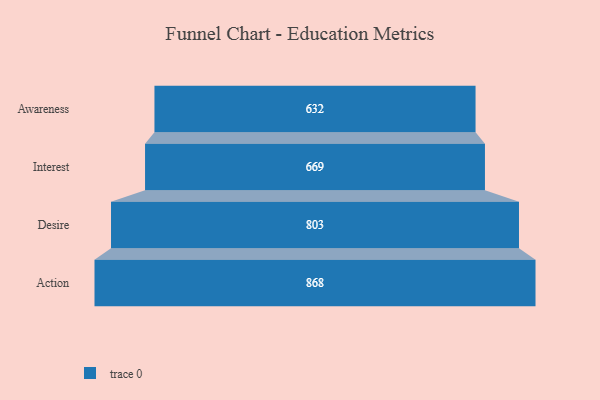
{"axis": {"x": "Stage", "y": "Value"}, "legend": [""], "data": [{"x": "Awareness", "y": 632.0, "type": ""}, {"x": "Interest", "y": 669.0, "type": ""}, {"x": "Desire", "y": 803.0, "type": ""}, {"x": "Action", "y": 868.0, "type": ""}]}